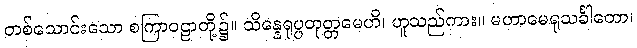
တစ်သောင်းသော စကြာဝဠာတို့၌။ သိန္နေရုပ္ပတုတ္တမေဟိ၊ ဟူသည်ကား။ မဟာမေရုသင်္ခါတော၊